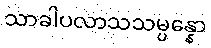
သာခါပလာသသမ္ပန္နော